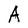
Character: A